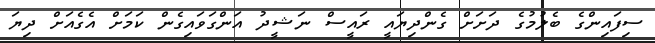
ސިފައިންގެ ބެލުމުގެ ދަށަށް ގެންދިޔައީ ރައީސް ނަޝީދު އަންގަވައިގެން ކަމަށް އެގެއަށް ދިޔަ